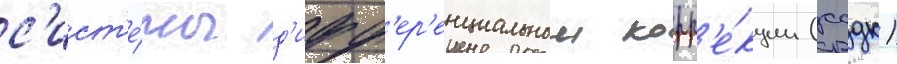
с'ист'е́мы д'ифф'ер'енциальнои корр'е́кции (ссдк)